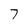
Character: 7